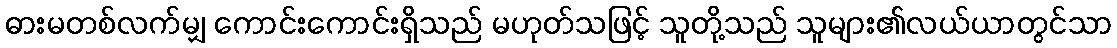
ဓားမတစ်လက်မျှ ကောင်းကောင်းရှိသည် မဟုတ်သဖြင့် သူတို့သည် သူများ၏လယ်ယာတွင်သာ